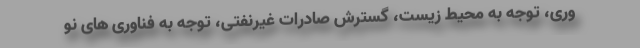
وری، توجه به محیط زیست، گسترش صادرات غیرنفتی، توجه به فناوری های نو